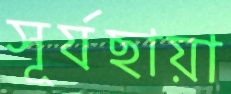
সূর্যছায়া